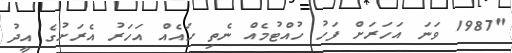
"1987 ވަނަ އަހަރަށް ފަހު ހުއްޓުމެއް ނެތި ހައެއް އަހަރު އެރަށުގެ އީދު